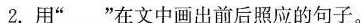
2.用”___”在文中画出前后照应的句子。